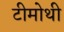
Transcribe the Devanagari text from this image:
टीमोथी